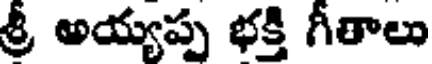
శ్రీ అయ్యప్ప భక్తి గీతాలు